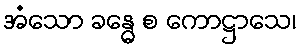
အံသော ခန္ဓေ စ ကောဋ္ဌာသေ၊